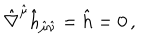
LaTeX: \hat { \nabla } ^ { \hat { \mu } } \hat { h } _ { \hat { \mu } \hat { \nu } } = \hat { h } = 0 \, ,